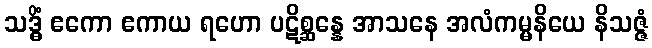
သဒ္ဓိံ ဧကော ဧကာယ ရဟော ပဋိစ္ဆန္နေ အာသနေ အလံကမ္မနိယေ နိသဇ္ဇံ